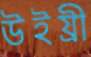
উইয্রী